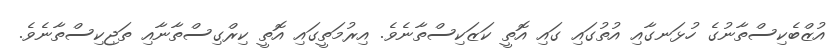
އުޒްބެކިސްތާނުގެ ހުޅަނގާއި އުތުގައި ގައި އޮތީ ކަޒަކިސްތާނެވެ. އިރުމަތީގައި އޮތީ ކިރްގިސްތާނާއި ތަޖިކިސްތާނެވެ.